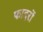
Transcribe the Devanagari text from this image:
फादरों